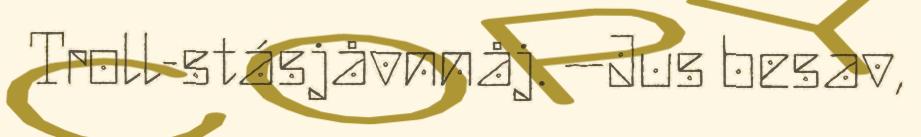
Troll-stásjåvnnåj. –Jus besav,